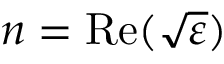
n = \mathrm { R e } ( \sqrt { \varepsilon } )